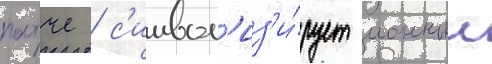
патче / с'имвол'из'и́рует ионныи